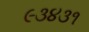
૯૩૪૩૧